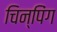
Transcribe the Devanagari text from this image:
चिन्पिंग